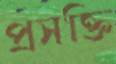
প্রসক্তি